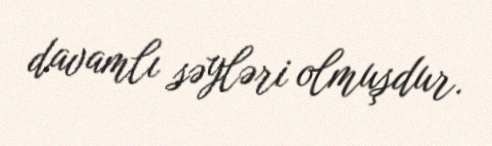
davamlı səyləri olmuşdur.